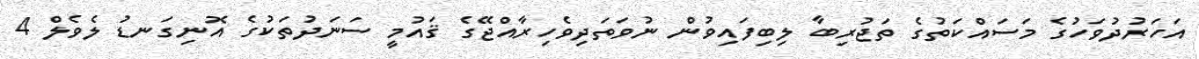
އަހަރުދުވަހުގެ މަސައްކަތުގެ ތަޖުރިބާ ލިބިފައިވުން ނުވަތަދިވެހިރާއްޖޭގެ ޤައުމީ ސަނަދުތަކުގެ އޮނިގަނޑު ލެވެލް 4